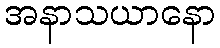
အနာသယာနော